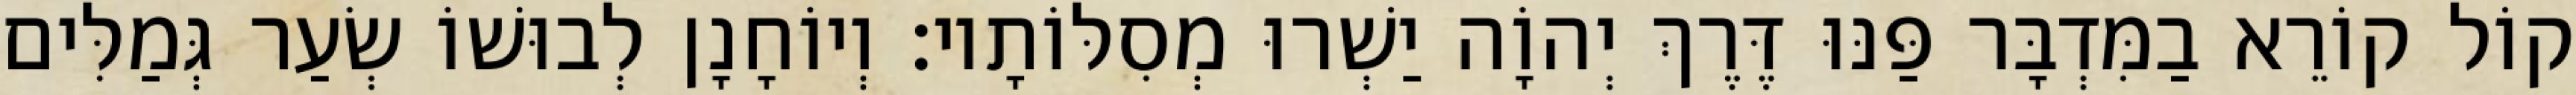
קוֹל קוֹרֵא בַמִּדְבָּר פַּנּוּ דֶּרֶךְ יְהוָֹה יַשְׁרוּ מְסִלּוֹתָיו׃ וְיוֹחָנָן לְבוּשׁוֹ שְׂעַר גְּמַלִּים